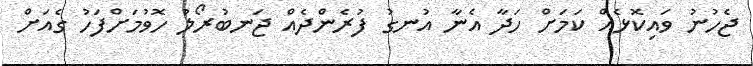
ޖެހުނު ވައިކޮޅެއް ކަމަށް ހަދާ އެނާ އުނގު ފުރެންދެއް ޖަނބުރޯލު ހޮވުމަށްފަހު ގެއަށް